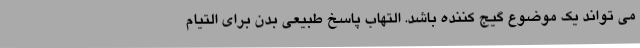
می تواند یک موضوع گیج کننده باشد. التهاب پاسخ طبیعی بدن برای التیام